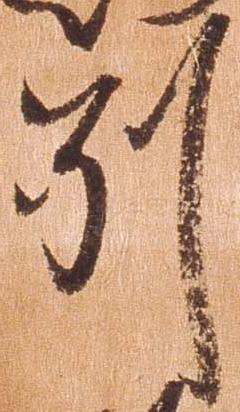
別